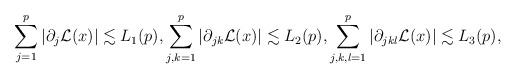
LaTeX: \begin{align*}\sum^{p}_{j=1}|\partial_{j} \mathcal{L}(x)|\lesssim L_1(p),\sum^{p}_{j,k=1}|\partial_{jk} \mathcal{L}(x)|\lesssim L_2(p),\sum^{p}_{j,k,l=1}|\partial_{jkl} \mathcal{L}(x)|\lesssim L_3(p),\end{align*}